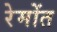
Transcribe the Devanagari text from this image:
रेमोंत